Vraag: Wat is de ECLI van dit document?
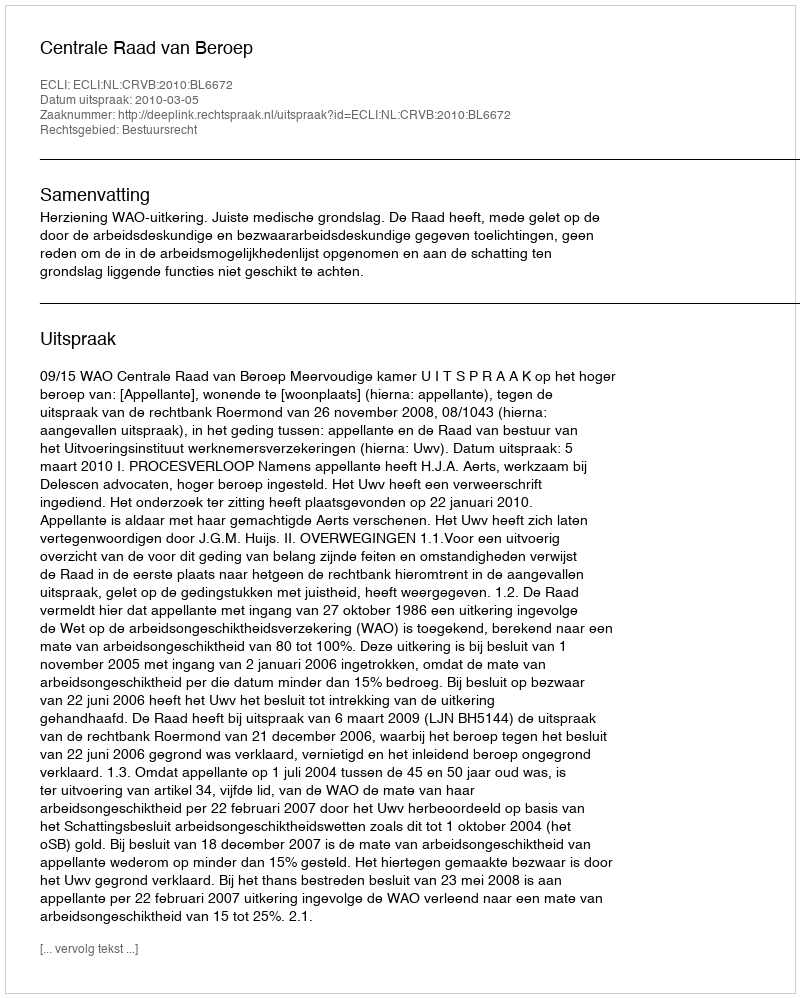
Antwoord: ECLI:NL:CRVB:2010:BL6672